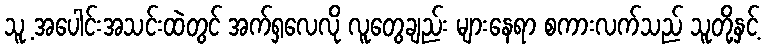
သူ့ အပေါင်းအသင်းထဲတွင် အက်ရှလေလို လူတွေချည်း များနေရာ စကားလက်သည် သူတို့နှင့်